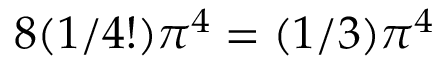
8 ( 1 / 4 ! ) \pi ^ { 4 } = ( 1 / 3 ) \pi ^ { 4 }